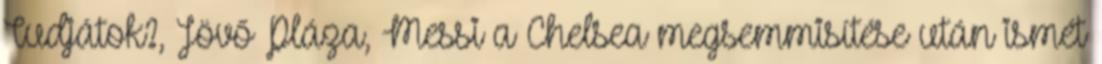
Tudjátok?, Jövő Pláza, Messi a Chelsea megsemmisítése után ismét